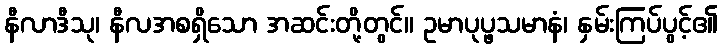
နီလာဒီသု၊ နီလအစရှိသော အဆင်းတို့တွင်။ ဥမာပုပ္ဖသမာနံ၊ နှမ်းကြပ်ပွင့်၏